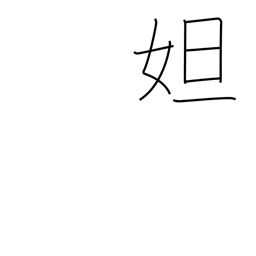
Meaning: female proper name